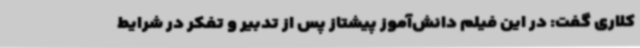
کلاری گفت: در این فیلم دانش‌آموز پیشتاز پس از تدبیر و تفکر در شرایط